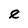
Character: e